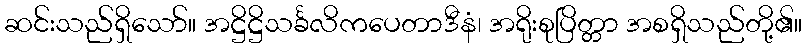
ဆင်းသည်ရှိသော်။ အဋ္ဌိဋ္ဌိသင်္ခလိကပေတာဒီနံ၊ အရိုးစုပြိတ္တာ အစရှိသည်တို့၏။